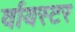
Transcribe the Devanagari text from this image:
र्वायस्टर